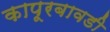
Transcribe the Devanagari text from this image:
कापूरबावडी